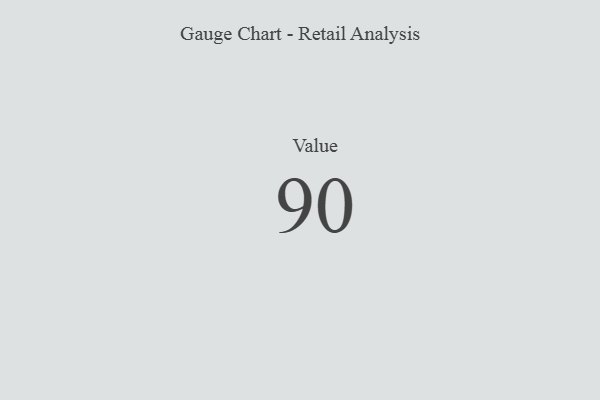
{"axis": {"x": "Metric", "y": "Value"}, "legend": [""], "data": [{"x": "Value", "y": 90, "type": ""}]}